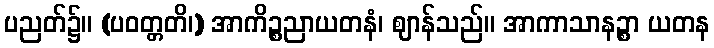
ပညတ်၌။ (ပဝတ္တတိ၊) အာကိဉ္စညာယတနံ၊ ဈာန်သည်။ အာကာသာနဉ္စာ ယတန